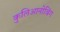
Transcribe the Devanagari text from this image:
कुलिआनोबिंग